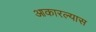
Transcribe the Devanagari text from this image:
आकारल्यास